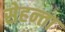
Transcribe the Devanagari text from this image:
सेहन्‍ता